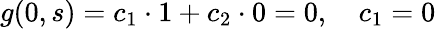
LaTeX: g(0,s)=c_{1}\cdot 1+c_{2}\cdot 0=0,\quad c_{1}=0